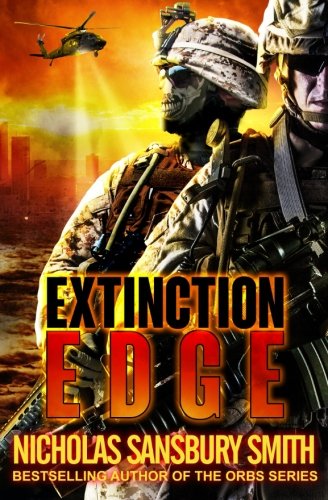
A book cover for Extinction Edge (Extinction Cycle) (Volume 2); Nicholas Sansbury Smith; Science Fiction & Fantasy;